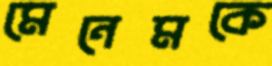
মেনেমকে